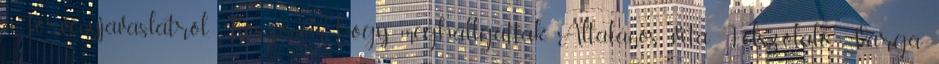
a törvényjavaslatról. Köszönöm, hogy meghallgattak. Általános vita Felszólaló Varga